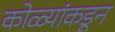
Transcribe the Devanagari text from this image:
कोळ्यांकडून